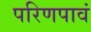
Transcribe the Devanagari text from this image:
परिणपावं